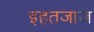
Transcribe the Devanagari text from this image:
इहतजाज